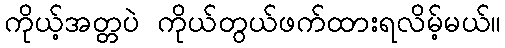
ကိုယ့်အတ္တပဲ ကိုယ်တွယ်ဖက်ထားရလိမ့်မယ်။